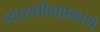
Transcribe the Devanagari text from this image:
व्यासपीठाप्रमाणे